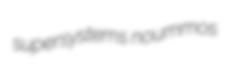
supersystems noummos